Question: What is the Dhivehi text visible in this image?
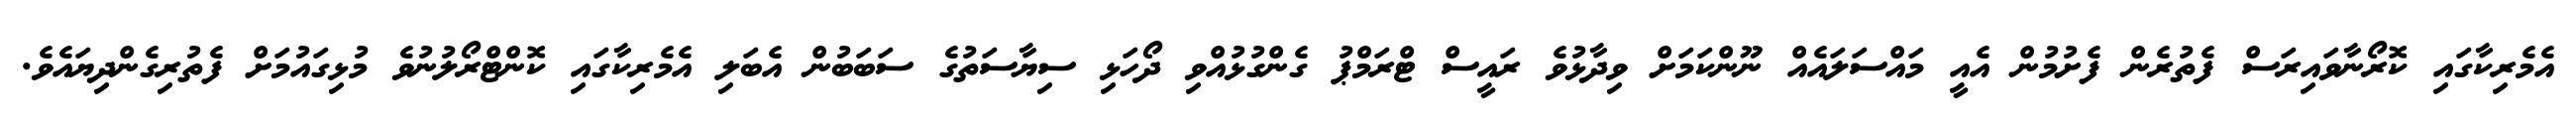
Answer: އެމެރިކާގައި ކޮރޯނާވައިރަސް ފެތުރެން ފެށުމުން އެއީ މައްސަލައެއް ނޫންކަމަށް ވިދާޅުވެ ރައީސް ޓްރަމްޕު ގެންގުޅުއްވި ދޯހަޅި ސިޔާސަތުގެ ސަބަބުން އެބަލި އެމެރިކާގައި ކޮންޓްރޯލުނުވެ މުޅިގައުމަށް ފެތުރިގެންދިޔައެވެ.